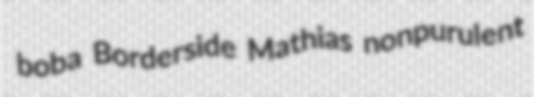
boba Borderside Mathias nonpurulent